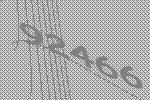
92466